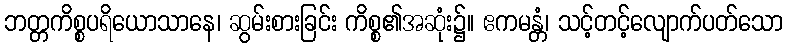
ဘတ္တကိစ္စပရိယောသာနေ၊ ဆွမ်းစားခြင်း ကိစ္စ၏အဆုံး၌။ ဧကမန္တံ၊ သင့်တင့်လျောက်ပတ်သော